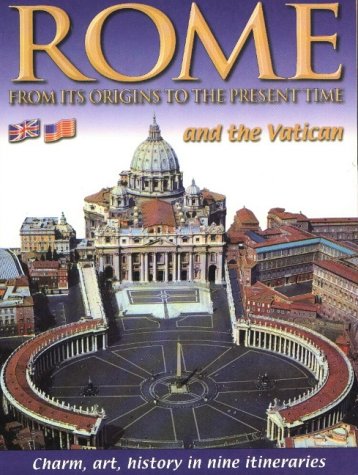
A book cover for Rome and the Vatican: From Its Origins to the Present Time: Charm, Art, History in Nine Itineraries; Travel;